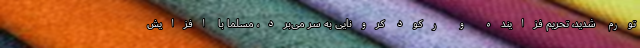
تورم شدید، تحریم فزاینده و رکود کرونایی به سر می‌برد، مسلما با افزایش